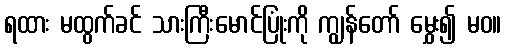
ရထား မထွက်ခင် သားကြီးမောင်ပြုံးကို ကျွန်တော် မွှေး၍ မဝ။